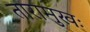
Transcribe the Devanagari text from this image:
तारामुखः